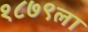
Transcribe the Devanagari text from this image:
१८७९ला